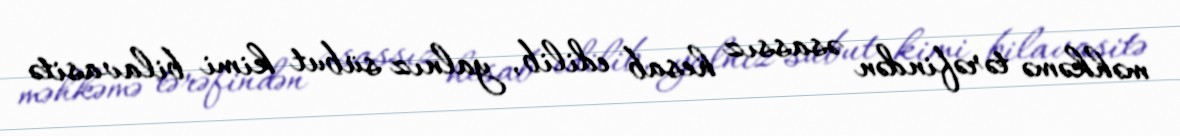
məhkəmə tərəfindən əsassız hesab edilib, yalnız sübut kimi bilavasitə